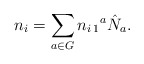
\begin{align*}n_{i}=\sum_{a\in G} n_{i\,1}{}^{a}\hat N_{a}. \end{align*}